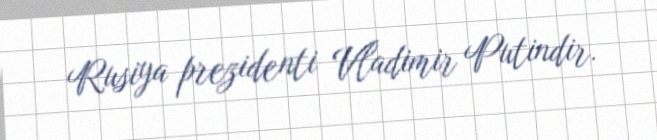
Rusiya prezidenti Vladimir Putindir.